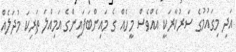
އަދި މިގައުމުގެ ސަރުކާރަކީ އެއްވެސް މީހެއް ގެ މައިންބަފައިންގެ އަމިއްލަ ތަރިކަ މުދަލެއް